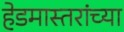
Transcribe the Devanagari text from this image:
हेडमास्तरांच्या